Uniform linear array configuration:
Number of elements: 48
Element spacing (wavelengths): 1
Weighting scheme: blackman
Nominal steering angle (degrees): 30
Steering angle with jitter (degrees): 28.298
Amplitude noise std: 0.05
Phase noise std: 0.05

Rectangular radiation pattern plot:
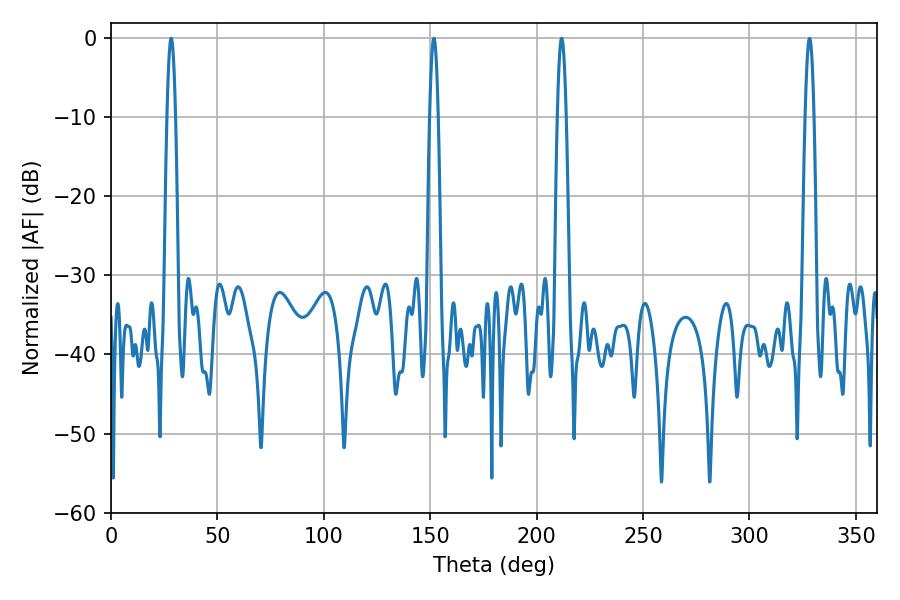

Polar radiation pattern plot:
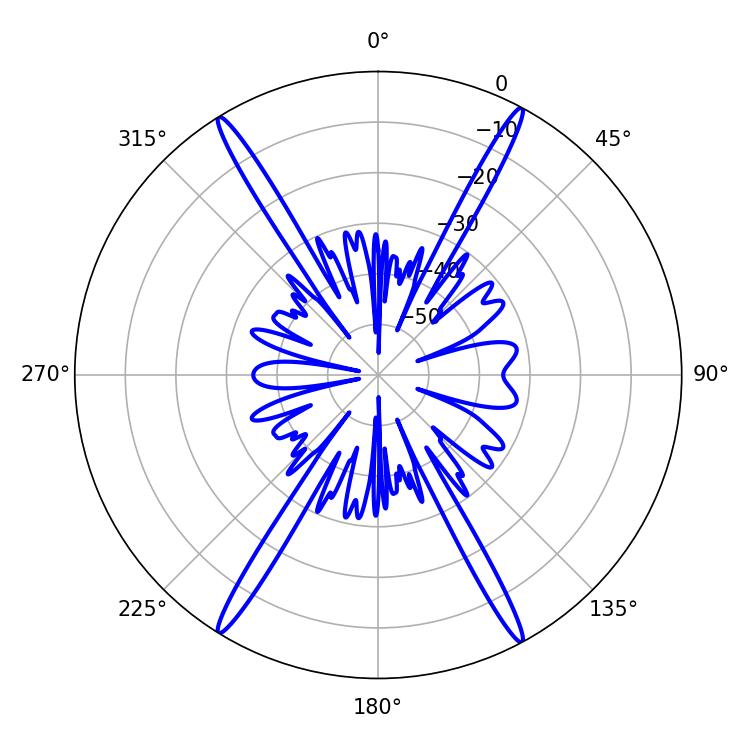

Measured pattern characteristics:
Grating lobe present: TRUE
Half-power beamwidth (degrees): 2.16
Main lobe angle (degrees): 151.74